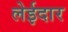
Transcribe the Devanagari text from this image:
लेईदार